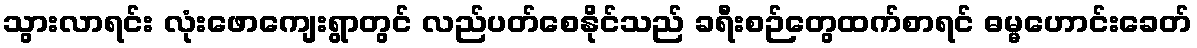
သွားလာရင်း လုံးဖောကျေးရွာတွင် လည်ပတ်စေနိုင်သည် ခရီးစဉ်တွေထက်စာရင် ဓမ္မဟောင်းခေတ်